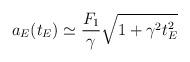
LaTeX: \begin{align*}a_E(t_E) \simeq \frac{F_1}{\gamma}\sqrt{1 + \gamma^2 t_E^2}\end{align*}